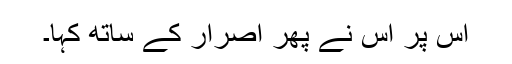
اس پر اس نے پھر اصرار کے ساتھ کہا۔